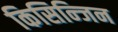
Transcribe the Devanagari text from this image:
किसिन्जिन